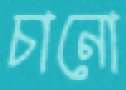
চানো